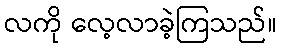
လကို လေ့လာခဲ့ကြသည်။